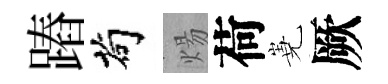
蹖茍煬荷嶤厥